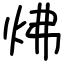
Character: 炥